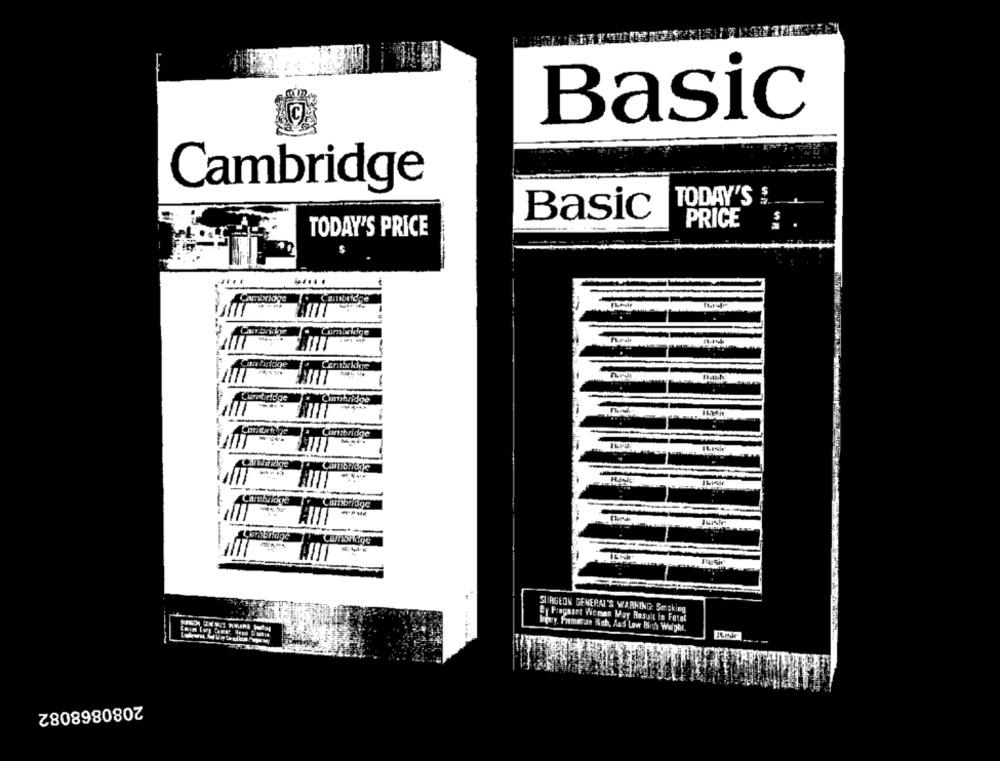
Basic
Cambridge
TODAY'S $
Basic
3
PRICE
TODAY'S PRICE
...
Cambridge
FLAT
Cambridge
umbridge
Cambridge
Cambridge
---
SURGEON GENERAL'S WARNING Sengking
Ey Piegaart Woman May Result in Fotel
Igry, Premere Birth, Ans Low Birth Weight.
2080868082